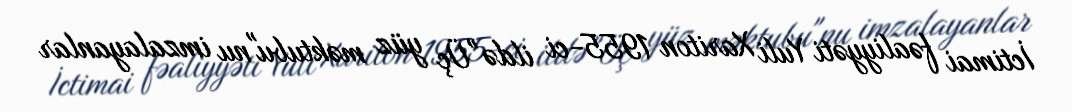
İctimai fəaliyyəti Yuli Xariton 1955-ci ildə "Üç yüz məktubu"nu imzalayanlar